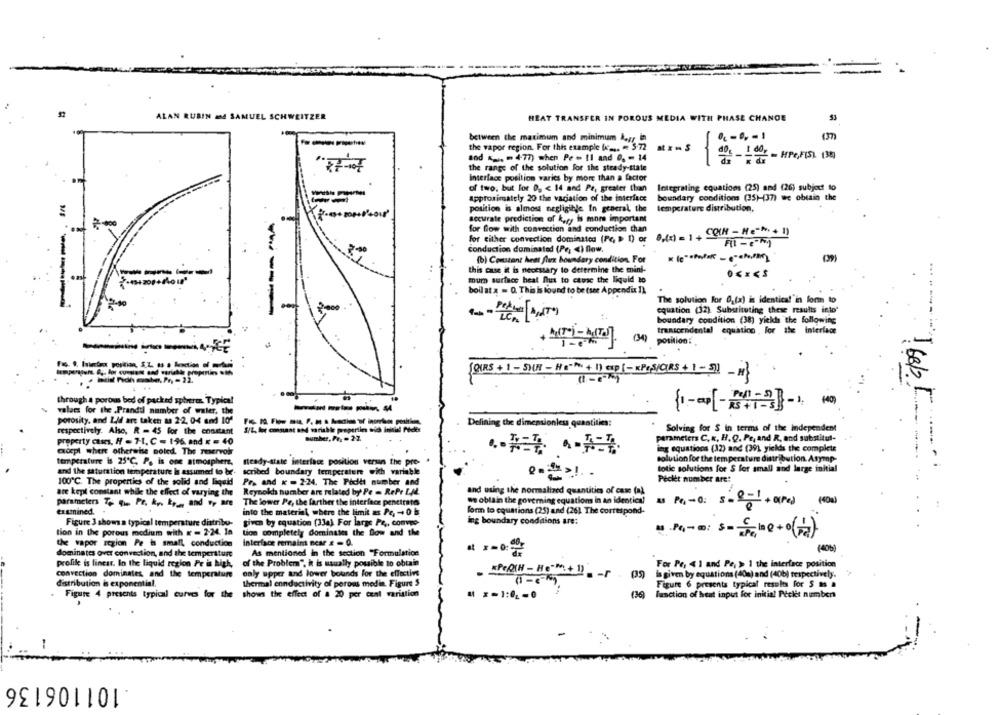
ALAN RUBIN Md SAMUEL SCHWEITZER
HEAT TRANSFER IN POROUS MEDIA WITH PHASE CHANGE
(37)
----
between the maximum and minimum keys in
the vapor region. For this example (x _.. = 3-72
and .. - 477) when Pe = 11 and 0, - 14
doc _ IdOr - HPCFIST (3)
the range of the solution For the steady-state
interface position varies by more than a factor
of two, but for D. < 14 and Pe, greater than
Integrating equations (25) and (26) subject to
approximately 20 the vaciation of the interface
boundary conditions (35)-(37) we obtain the
temperature distribution,
position is almost negligible In general, the
accurate prediction of kary is more important
for flow with convection and conduction than
for either convection dominated (Pc, > 1) or 8,(x) = 1 + COM - Me"". + 1)
Fit - em)
conduction dominated (Pe; < ) flow,
(b) Constant hedt flux boundary condition. For
this case it is necessary to determine the mini-
----
mur surface heat flus to etme the liquid to
boil at a = Q. This is lound to be (see Appendix 1)
The solution For 0_(x) in identica!'in form to
equation (32). Substituting these results into'
boundary condition (38) yiekis the following
transcendental equation for the Interface
(34)
position:
(OIRS + 1 - 5)(9 - Ha + 1) exp[- KPSS/ORS+ 1 - 3] }
through a porous bed of packed spheres Typical
-----
valets for the .Prandtl number of water, the
porosity, and Lid are taken as 2-2, 04 and 10ª
1686/
S/L, les conmant and variable prepertin aid initial Peeler
Defining the dimensionless quantities:
Solving for S in terms of the independent
respectively. Also, R = 45 for the constant
property cases, A =7-1, C - 196, and x = 40
perameters C.R. H. Q. Pe, and R, and substitul-
copl where otherwise noted. The reservoir
ing equations (12) and (39) yields the complete
temperature is 25℃. P. is one atmosphere,
steady-state interlace position versin the pre-
solution for the temperature distribution. Asymp-
and the saturation temperature is assumed to be-
scribed boundary temperature with variable
totic solutions for S for small and large initial
Peckét number are:
100℃. The properties of the solid and liquid
Pr. and x - 2-24. The Poditt number and
are kept constant while the effect of varying the
Reynokh number are related by Pe = RePr L.M.
and using the normalized quantities of case (1)
we obtain the governing equation in an identical
(400)
parameters To im Pr. k ,. k, , and sp are
The lower Pe, the farther the interface penetrate
examined.
into the material, where the limit as Pc, - 0
form to equations (25) and (26). The correspond-
Figure 3 shows a typical temperature distribu-
given by equation (33a) For large Pe ,, comveo-
ing boundary conditions are:
tion in the porous medium with x - 2-24. In
tion completely dominates the flow and the
the vapor region Pe is small conduction
Interface remain near # - 0.
(40b)
dominates over convection, and the temperature
As mentioned in the section "Formulation
15
profile is linear. In the liquid region Pe is high,
of the Problem", h is usually possible to obtain
For Pe, < 1 and Pe, >> 1 the interface position
only upper and lower bounds For the effective
convection dominates, and the temperature
- APORN - Ho-m.+ 1 -r
is given by equations (40m) and (40b) respectively.
distribution is exponential.
thermal conductivity of porous medin. Figure 5
Figure 6 presents typical results for 5 # #
Figure 4 presents typical curves for the
shows the effect of a 20 per ceal variation
# x=1:02-0
(36
function of heat input for initial Picket numbers
-
.101106136